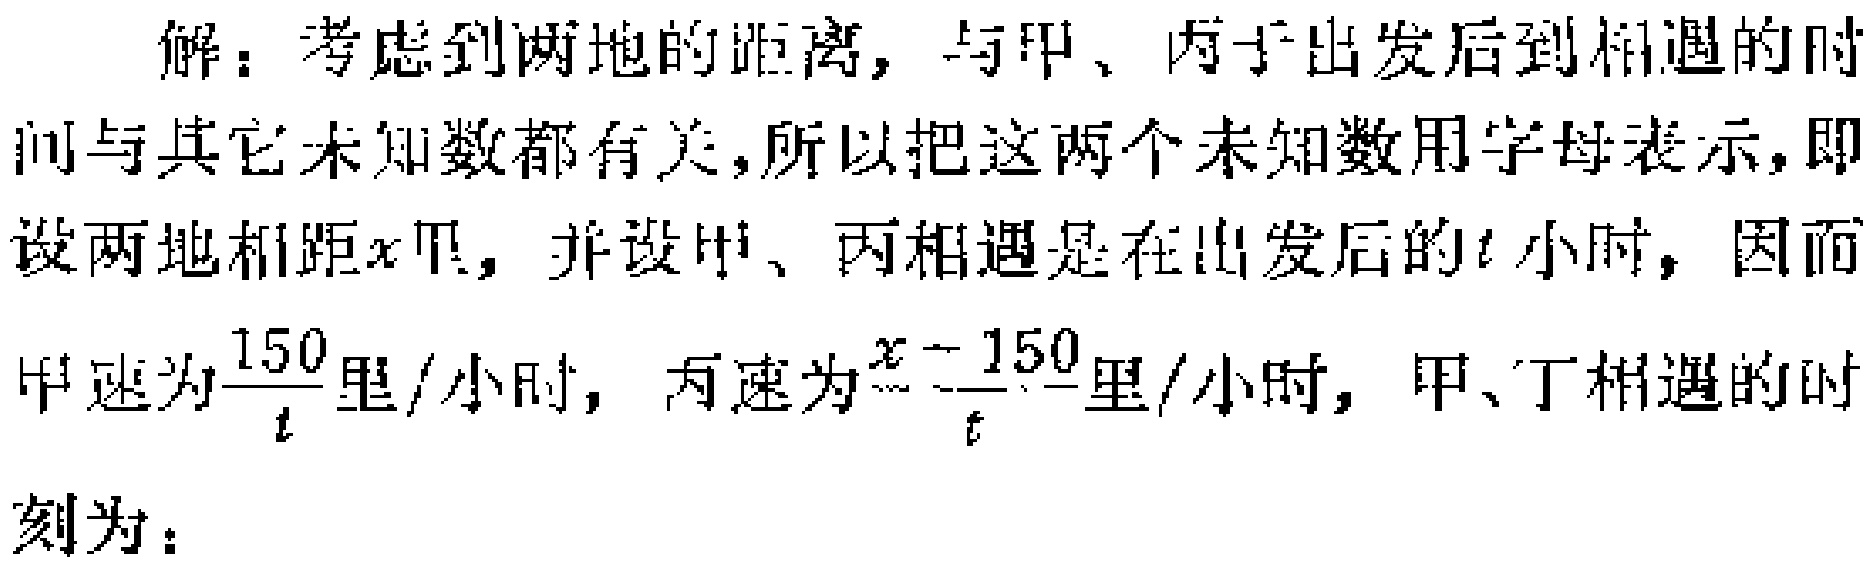
解：考虑到两地的距离，与甲、丙于出发后到相遇的时间与其它未知数都有关，所以把这两个未知数用字母表示，即设两地相距\(x\)里，并设甲、丙相遇是在出发后的\(t\)小时，因而甲速为\(\frac{150}{t}\)里/小时，丙速为\(\frac{x - 150}{t}\)里/小时，甲、丁相遇的时刻为：